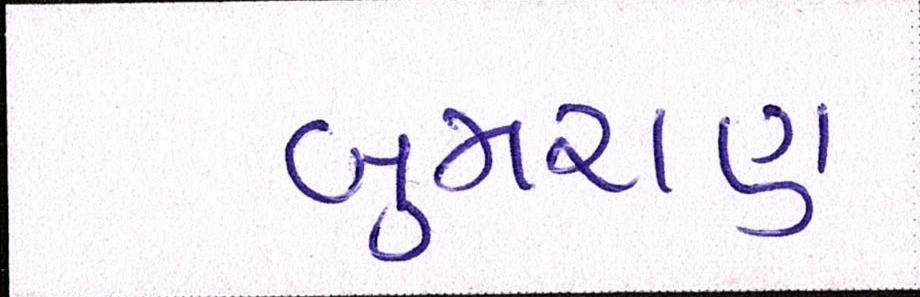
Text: બુમરાણ